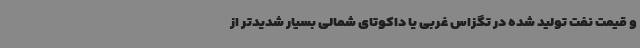
و قیمت نفت تولید شده در تگزاس غربی یا داکوتای شمالی بسیار شدیدتر از